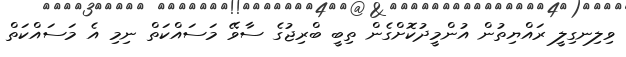
ވިލިނގިލީ ރައްޔިތުން އުންމީދުކޮށްގެން ތިބީ ބްރިޖުގެ ސާވޭ މަސައްކަތް ނިމި އެ މަސައްކަތް